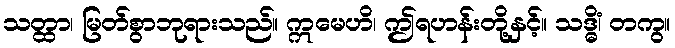
သတ္ထာ၊ မြတ်စွာဘုရားသည်။ ဣမေဟိ၊ ဤရဟန်းတို့နှင့်။ သဒ္ဓိံ၊ တကွ။